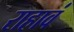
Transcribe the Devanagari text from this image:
राहावं